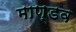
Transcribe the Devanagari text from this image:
माण्डव